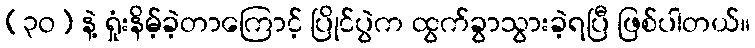
(၃ဝ) နဲ့ ရှုံးနိမ့်ခဲ့တာကြောင့် ပြိုင်ပွဲက ထွက်ခွာသွားခဲ့ရပြီ ဖြစ်ပါတယ်။